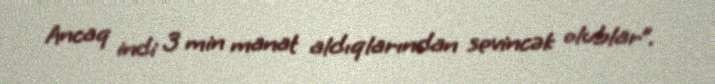
Ancaq indi 3 min manat aldıqlarından sevincək olublar”.